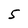
Character: 5